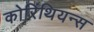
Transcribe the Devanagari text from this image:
कोरिंथियन्स